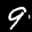
Label: 9